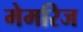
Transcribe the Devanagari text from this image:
मेमरिज